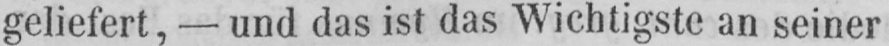
geliefert, - und das ist das Wichtigste an seiner